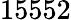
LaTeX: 15552